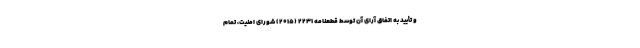
و تأیید به اتفاق آرای آن توسط قطعنامه ۲۲۳۱ (۲۰۱۵) شورای امنیت، تمام